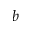
\boldsymbol { b }